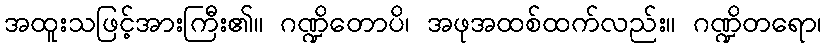
အထူးသဖြင့်အားကြီး၏။ ဂဏ္ဍိတောပိ၊ အဖုအထစ်ထက်လည်း။ ဂဏ္ဍိတရော၊